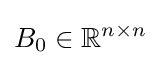
B_{0}\in \mathbb {R} ^{n\times n}